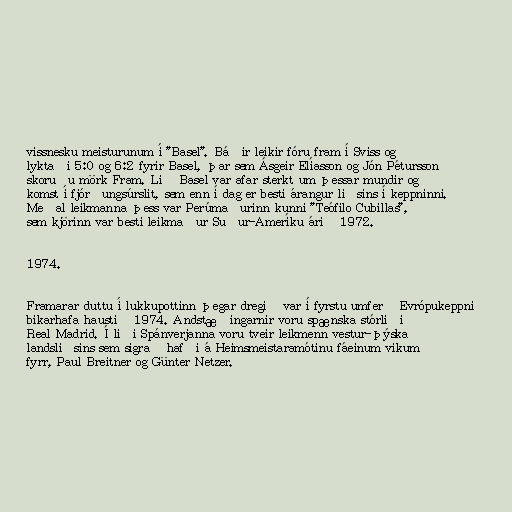
vissnesku meisturunum í "Basel". Báðir leikir fóru fram í Sviss og
lyktaði 5:0 og 6:2 fyrir Basel, þar sem Ásgeir Elíasson og Jón Pétursson
skoruðu mörk Fram. Lið Basel var afar sterkt um þessar mundir og
komst í fjórðungsúrslit, sem enn í dag er besti árangur liðsins í keppninni.
Meðal leikmanna þess var Perúmaðurinn kunni "Teófilo Cubillas",
sem kjörinn var besti leikmaður Suður-Ameríku árið 1972.

1974.

Framarar duttu í lukkupottinn þegar dregið var í fyrstu umferð Evrópukeppni
bikarhafa haustið 1974. Andstæðingarnir voru spænska stórliðið
Real Madrid. Í liði Spánverjanna voru tveir leikmenn vestur-þýska
landsliðsins sem sigrað hafði á Heimsmeistaramótinu fáeinum vikum
fyrr, Paul Breitner og Günter Netzer.